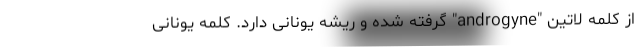
از کلمه لاتین "androgyne" گرفته شده و ریشه یونانی دارد. کلمه یونانی